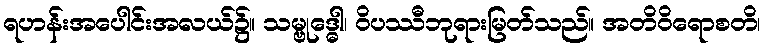
ရဟန်းအပေါင်းအလယ်၌။ သမ္ဗုဒ္ဓေါ၊ ဝိပဿီဘုရားမြတ်သည်။ အတိဝိရောစတိ၊